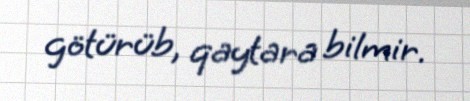
götürüb, qaytara bilmir.